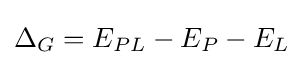
\Delta _{G}=E_{PL}-E_{P}-E_{L}